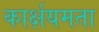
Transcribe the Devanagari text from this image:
कार्क्षयमता